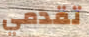
تقدمي